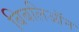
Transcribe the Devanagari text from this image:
बिबलिऑन